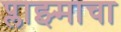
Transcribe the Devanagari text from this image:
प्लाझ्माचा